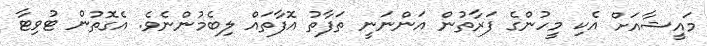
މައީޝާއަށް އެކި މީހުންގެ ފަރާތުން އަންނަނީ ތަފާތު އޮފާތައް ލިބެމުންނެވެ. އެގޮތުން ޓުވިޓާ